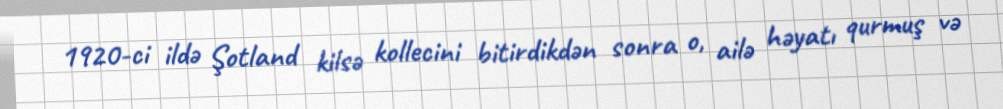
1920-ci ildə Şotland kilsə kollecini bitirdikdən sonra o, ailə həyatı qurmuş və